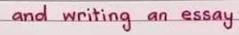
and writing an essay